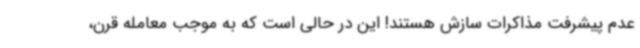
عدم پیشرفت مذاکرات سازش هستند! این در حالی است که به موجب معامله قرن،